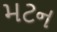
મટન